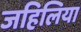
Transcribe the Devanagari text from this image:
जहिलिया